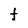
Character: t